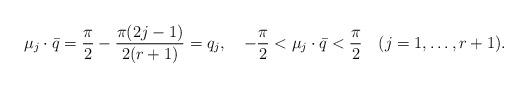
LaTeX: \begin{align*}\mu_j\cdot\bar{q}={\pi\over2}-{\pi(2j-1)\over{2(r+1)}}=q_j, \quad -{\pi\over2}<\mu_j\cdot\bar{q}<{\pi\over2}\quad(j=1,\ldots,r+1). \end{align*}